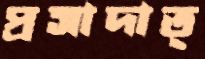
প্রসাদাত্